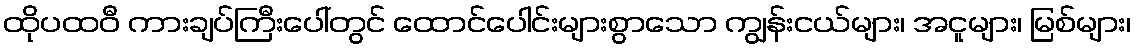
ထိုပထဝီ ကားချပ်ကြီးပေါ်တွင် ထောင်ပေါင်းများစွာသော ကျွန်းငယ်များ၊ အငူများ၊ မြစ်များ၊